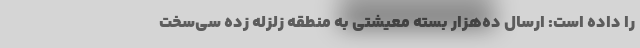
را داده‌ است: ارسال ده‌هزار بسته‌ معیشتی به منطقه زلزله زده سی‌سخت